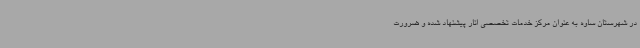
در شهرستان ساوه به عنوان مرکز خدمات تخصصی انار پیشنهاد شده و ضرورت